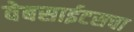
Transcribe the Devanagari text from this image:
वेबसाईटसचा